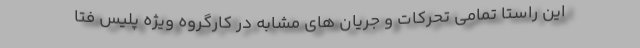
این راستا تمامی تحرکات و جریان های مشابه در کارگروه ویژه پلیس فتا